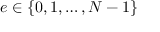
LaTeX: e \in \{ 0 , 1 , \dots , N - 1 \}